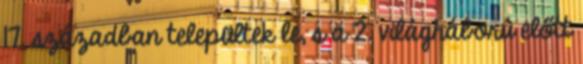
17. században települtek le, s a 2. világháború előtt